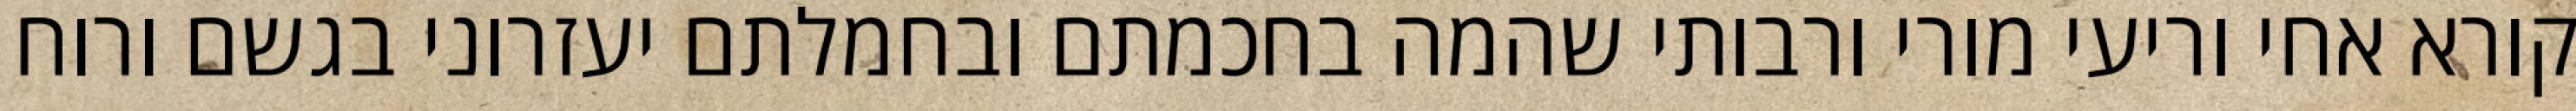
קורא אחי וריעי מורי ורבותי שהמה בחכמתם ובחמלתם יעזרוני בגשם ורוח